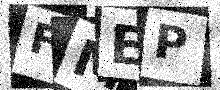
Text: FMEP